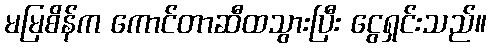
မမြစိန်က ကောင်တာဆီထသွားပြီး ငွေရှင်းသည်။